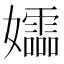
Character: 𫲚